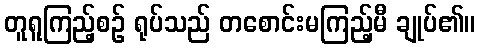
တူရူကြည့်စဉ် ရုပ်သည် တစောင်းမကြည့်မီ ချုပ်၏။